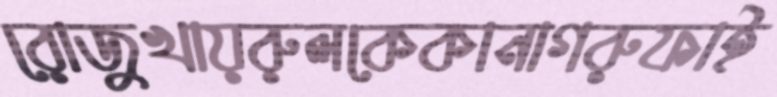
রোজুখায়রুলকেকানাগরুফাই